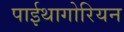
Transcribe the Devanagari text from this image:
पाईथागोरियन